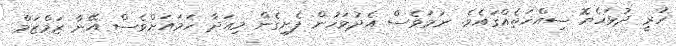
ހުރީ ދުޅަހެޔޮ ސިއްޚަތެއްގައެވެ. ނަމަވެސް އެދުވަހުން ފެށިގެން މިއަދާ ހަމައަށްވެސް އޭނާ ޒަމްޒަމް